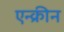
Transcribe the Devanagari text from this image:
एन्क्रीन